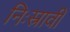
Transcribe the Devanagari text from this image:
निःस्रावी